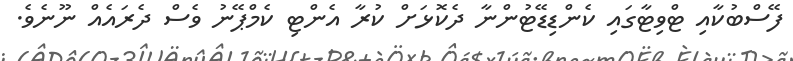
ފޭސްބުކާއި ޓްވިޓާގައި ކެންޑިޑޭޓުންނާ ދެކޮޅަށް ކުރާ އެންޓި ކެމްޕޭނު ވެސް ދެރައެއް ނޫނެވެ.